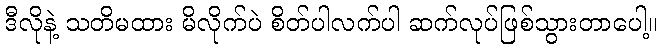
ဒီလိုနဲ့ သတိမထား မိလိုက်ပဲ စိတ်ပါလက်ပါ ဆက်လုပ်ဖြစ်သွားတာပေါ့။